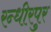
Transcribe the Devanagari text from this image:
रन्धीरपुर